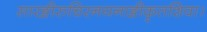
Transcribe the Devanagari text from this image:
सारङ्गीरुचिरनयनाङ्गीकृतशिवा।